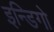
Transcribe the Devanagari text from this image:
इन्डिगो